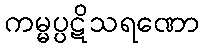
ကမ္မပ္ပဋိသရဏော